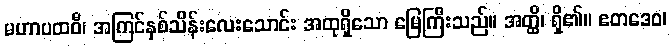
မဟာပထဝီ၊ အကြင်နှစ်သိန်းလေးသောင်း အထုရှိသော မြေကြီးသည်။ အတ္ထိ၊ ရှိ၏။ ဧတဒေဝ၊